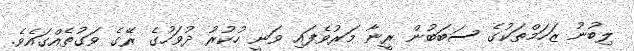
ލިބުނު ޒަހަމްތަކުގެ ސަބަބުން ރީނާ މަރުވެފައި ވަނީ ހުކުރު ދުވަހުގެ ރޭގެ ވަގުތެއްގައެވެ.